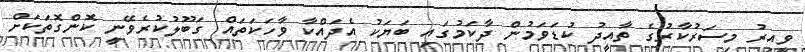
ވީއިރު މިސަރުކާރުގެ ތާއީދު ކުޑަވަމުން ދާކަމުގައި ބަޔަކު އެދައްކާ ވާހަކަތައް ގަބޫލުކުރެވޭނީ ކޮންގޮތަކަށް